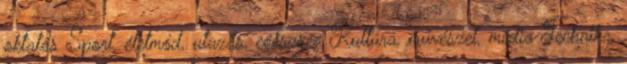
oktatás Sport, életmód, utazás, egészség Kultúra, művészet, média Technika,